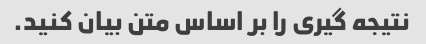
نتیجه گیری را بر اساس متن بیان کنید.